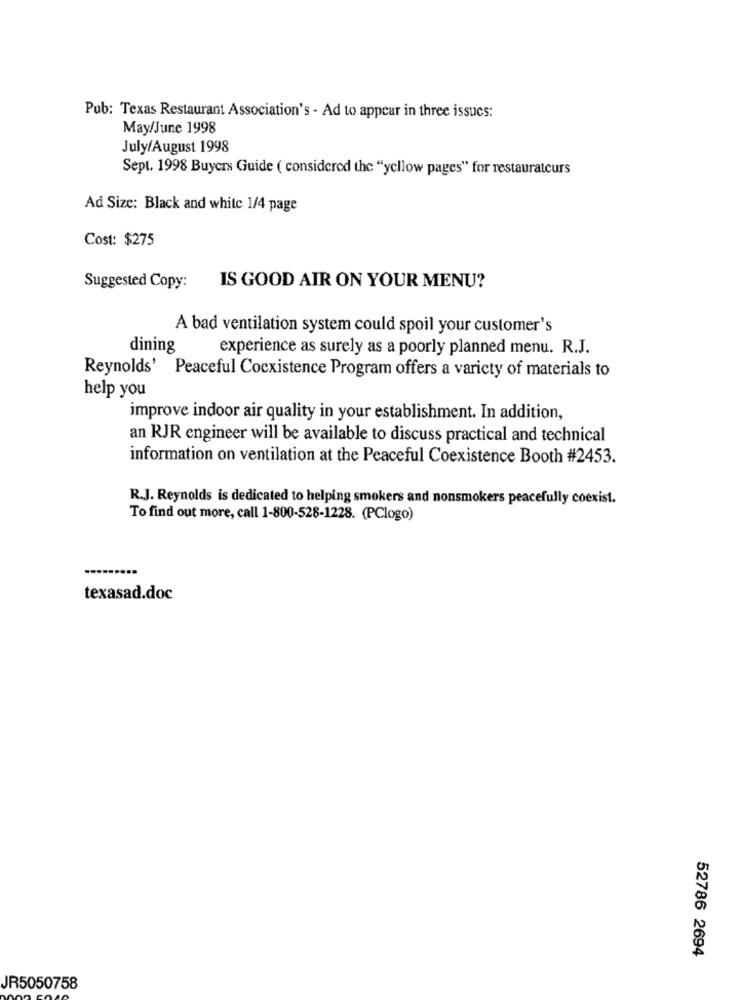
Pub: Texas Restaurant Association's - Ad to appear in three issucs:
May/June 1998
July/August 1998
Sept. 1998 Buyers Guide ( considered the "yellow pages" for restaurateurs
Ad Size: Black and white 1/4 page
Cost: $275
Suggested Copy:
IS GOOD AIR ON YOUR MENU?
A bad ventilation system could spoil your customer's
dining
experience as surely as a poorly planned menu. R.J.
Reynolds' Peaceful Coexistence Program offers a variety of materials to
help you
improve indoor air quality in your establishment. In addition,
an RJR engineer will be available to discuss practical and technical
information on ventilation at the Peaceful Coexistence Booth #2453.
R.J. Reynolds is dedicated to helping smokers and nonsmokers peacefully coexist.
To find out more, call 1-800-528-1228. (PClogo)
texasad.doc
52786 2694
JR5050758